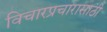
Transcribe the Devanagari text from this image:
विचारप्रचारासाठी